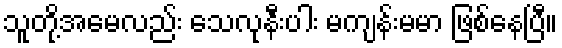
သူတို့အမေလည်း သေလုနီးပါး မကျန်းမမာ ဖြစ်နေပြီ။